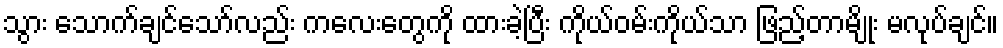
သွား သောက်ချင်သော်လည်း ကလေးတွေကို ထားခဲ့ပြီး ကိုယ်ဝမ်းကိုယ်သာ ဖြည့်တာမျိုး မလုပ်ချင်။